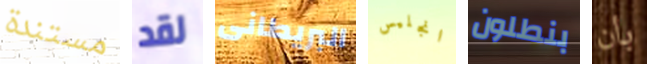
مستندة لقد البريطانى انجليس بنطلون بأن